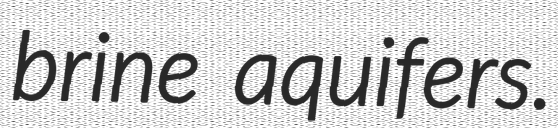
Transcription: brine aquifers.